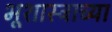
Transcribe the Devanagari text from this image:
भूशास्त्राच्या